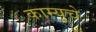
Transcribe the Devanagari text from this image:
काम्यूचे